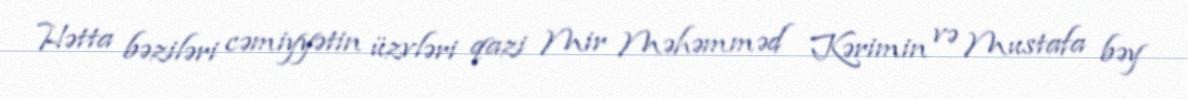
Hətta bəziləri cəmiyyətin üzvləri qazi Mir Məhəmməd Kərimin və Mustafa bəy